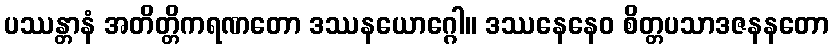
ပဿန္တာနံ အတိတ္တိကရဏတော ဒဿနယောဂ္ဂေါ။ ဒဿနေနေဝ စိတ္တပသာဒဇနနတော